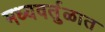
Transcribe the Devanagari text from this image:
मध्यवर्तुळात